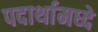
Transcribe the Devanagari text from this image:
पदार्थामध्दे